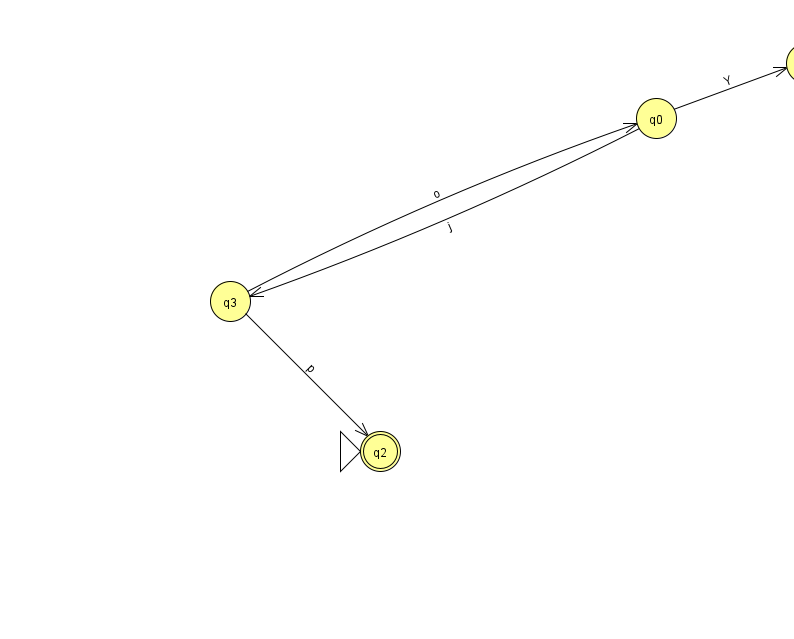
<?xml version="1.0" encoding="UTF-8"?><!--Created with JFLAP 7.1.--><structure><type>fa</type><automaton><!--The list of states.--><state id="0" name="q0"><x>656.0</x><y>105.0</y></state><state id="1" name="q1"><x>806.0</x><y>50.0</y></state><state id="2" name="q2"><x>380.0</x><y>438.0</y><initial/><final/></state><state id="3" name="q3"><x>230.0</x><y>288.0</y></state><!--The list of transitions.--><transition><from>3</from><to>2</to><read>p</read></transition><transition><from>0</from><to>1</to><read>Y</read></transition><transition><from>3</from><to>0</to><read>o</read></transition><transition><from>0</from><to>3</to><read>j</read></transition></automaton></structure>